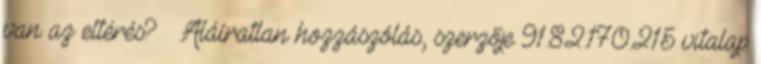
van az eltérés? – Aláíratlan hozzászólás, szerzője 91.82.170.215 vitalap